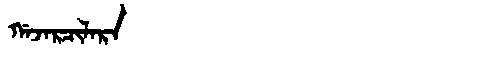
Manchu: ᡤᠠᠵᠠᡵᠴᡳᠯᠠᡵᠠ
Romanization: GAJARCILARA